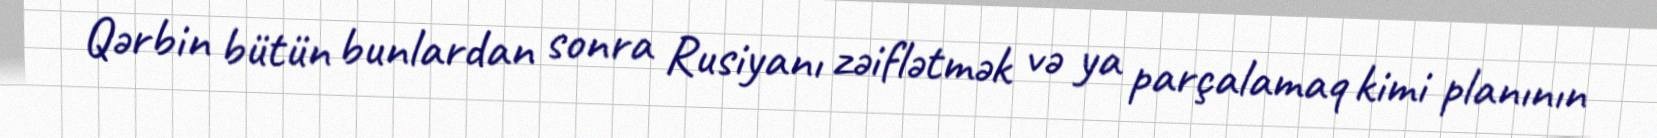
Qərbin bütün bunlardan sonra Rusiyanı zəiflətmək və ya parçalamaq kimi planının